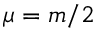
\mu = m / 2